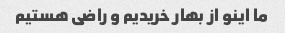
ما اینو از بهار خریدیم و راضی هستیم